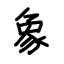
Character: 象